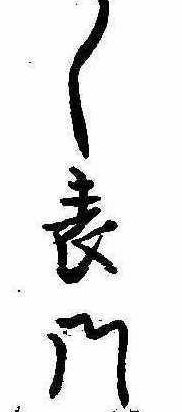
く表門